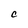
Character: C